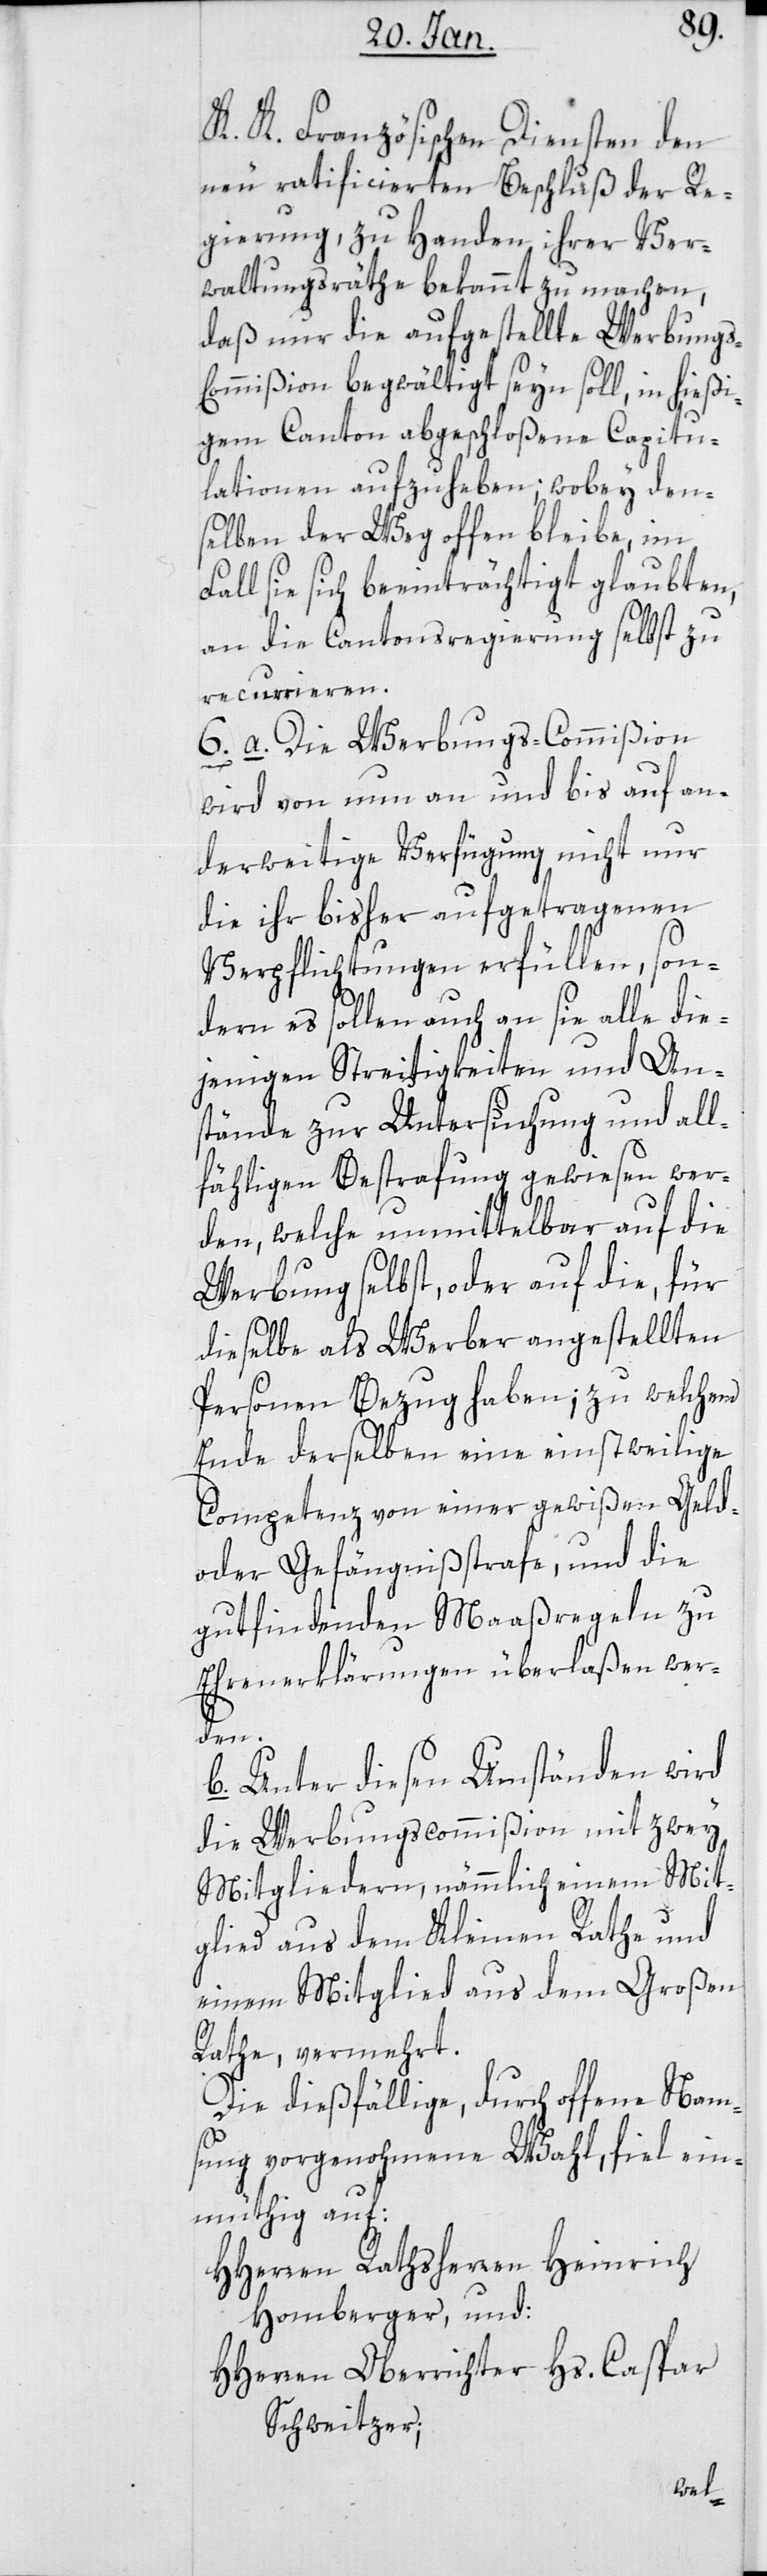
K.K. Französischen Diensten den
neu ratificierten Beschluß der Re¬
gierung, zu Handen ihrer Ver¬
waltungsräthe bekannt zu machen,
daß nur die aufgestellte Werbung¬
ommißion begwältigt seyn soll, in hießi¬
gem Canton abgeschloßene Capitu¬
lationen aufzuheben; wobey dem¬
selben der Weg offen bleibe, im
Fall sie sich beeinträchtigt glaubten,
an die Cantonsregierung selbst zu
recurrieren.
6. a. Die Werbungs-Commißion
wird von nun an und bis auf an¬
derweitige Verfügung nicht nur
die ihr bisher aufgetragenen
Verpflichtungen erfüllen, son¬
dern es sollen auch an sie alle die¬
jenigen Streitigkeiten und An¬
stände zur Untersuchung und all¬
fälligen Bestrafung gewiesen wer¬
den, welche unmittelbar auf die
Werbung selbst, oder auf die, für
dieselbe als Werber angestellten
Personen Bezug haben; zu welchem
Ende derselben eine einstweilige
Competenz von einer gewißen Geld-
oder Gefängnißstrafe, und die
gut findenden Maaßregeln zu
Ehrenerklärungen überlaßen wer¬
den.
b. Unter diesen Umständen wird
die Werbungscommißion mit zwey
Mitgliedern, nämmlich einem Mit¬
glied aus dem Kleinen Rathe und
einem Mitglied aus dem Großen
Rathe, vermehrt.
Die dießfällige, durch offene Nam¬
sung vorgenohmene Wahl, fiel ein¬
müthig auf:
HHerren Rathsherren Heinrich
Homberger, und:
HHerren Oberrichter Hs. Caspar
Schweitzer;